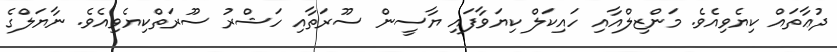
ދުޢާތައް ކިޔެވިއެވެ. މަންޒިލްއާއި ހައިކަލް ކިޔަވާފައި ޔާސީން ސޫރަތާއި ހަޝްރު ސޫރަތްކިޔެވިއެވެ. ނާޔަލްގެ